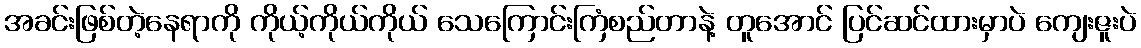
အခင်းဖြစ်တဲ့နေရာကို ကိုယ့်ကိုယ်ကိုယ် သေကြောင်းကြံစည်တာနဲ့ တူအောင် ပြင်ဆင်ထားမှာပဲ ကျေးဇူးပဲ